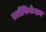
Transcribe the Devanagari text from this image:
सर्टीफिकेशन